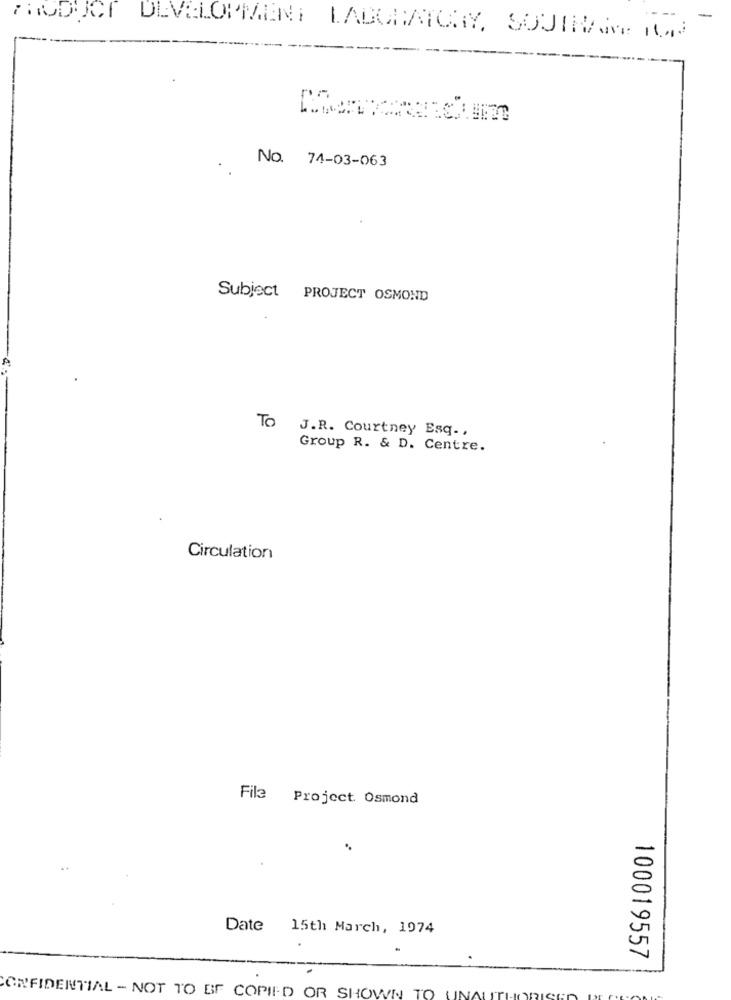
PRODUCT DEVELOPMENT LABORATORY, SOUTHAR ION
No. 74-03-063
Subject PROJECT OSMOND
TO
J.R. Courtney Esq .,
Group R. & D. Centre.
Circulation
File
Project. Osmond
Date 15th March, 1974
100019557
CONFIDENTIAL - NOT TO BE COPIE-D OR SHOWN TO